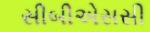
સીબીએસસી